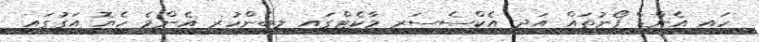
ހައި އެންޑް ފޯނުތައް އަދި އެކްސެސަރީ މާކެޓްގައި ލިބެންހުރި އެންމެ ހެޔޮ އަގުގައި